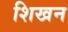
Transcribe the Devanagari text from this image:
शिखन